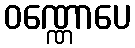
ဝဏ္ဏောပေ